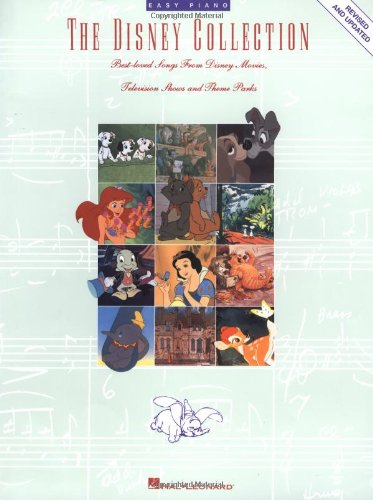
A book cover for The Disney Collection (Easy Piano Series); Humor & Entertainment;